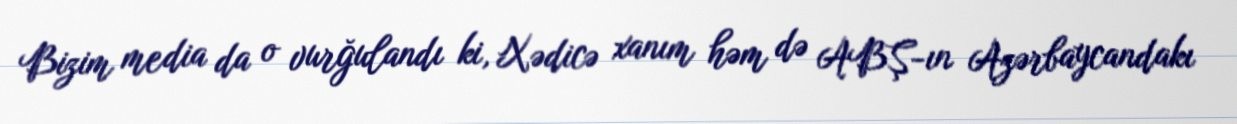
Bizim media da o vurğulandı ki, Xədicə xanım həm də ABŞ-ın Azərbaycandakı